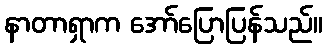
နာတာရှာက အော်ပြောပြန်သည်။